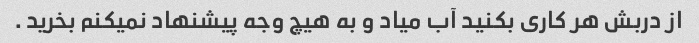
از دربش هر کاری بکنید آب میاد و به هیچ وجه پیشنهاد نمیکنم بخرید .